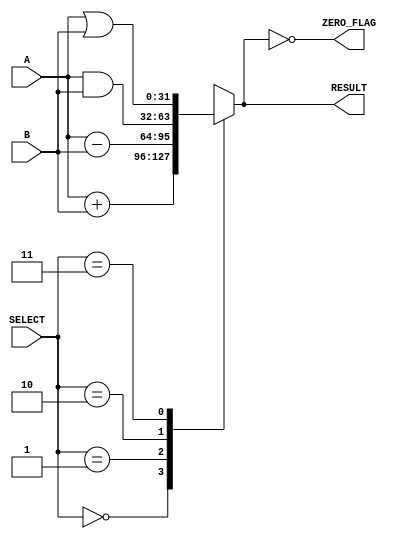
module parameterized_alu #(parameter DATA_WIDTH = 32, // Default to 32 bits
                           parameter OPERATION_SET = 4) // Number of operations 
(
    input  wire [DATA_WIDTH-1:0] A,        // Operand A
    input  wire [DATA_WIDTH-1:0] B,        // Operand B
    input  wire [$clog2(OPERATION_SET)-1:0] SELECT, // Operation selection
    output reg  [DATA_WIDTH-1:0] RESULT,   // Result of the operation
    output reg                      ZERO_FLAG // Zero flag
);

// Define operation codes based on your operations
localparam ADD    = 0;
localparam SUB    = 1;
localparam AND    = 2;
localparam OR     = 3;
localparam XOR    = 4;
localparam LT     = 5;  // Less than
localparam GT     = 6;  // Greater than
localparam EQ     = 7;  // Equal

always @(*) begin
    case (SELECT)
        ADD: RESULT = A + B;                     // Addition
        SUB: RESULT = A - B;                     // Subtraction
        AND: RESULT = A & B;                     // Bitwise AND
        OR:  RESULT = A | B;                     // Bitwise OR
        XOR: RESULT = A ^ B;                     // Bitwise XOR
        LT:  RESULT = (A < B) ? {DATA_WIDTH{1'b0}} : {DATA_WIDTH{1'b1}}; // Less than
        GT:  RESULT = (A > B) ? {DATA_WIDTH{1'b0}} : {DATA_WIDTH{1'b1}}; // Greater than
        EQ:  RESULT = (A == B) ? {DATA_WIDTH{1'b0}} : {DATA_WIDTH{1'b1}}; // Equals
        default: RESULT = {DATA_WIDTH{1'b0}};   // Default case (shouldn't happen)
    endcase

    // Setting the ZERO_FLAG based on RESULT
    ZERO_FLAG = (RESULT == {DATA_WIDTH{1'b0}});
end

endmodule